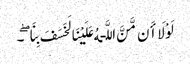
لَوْلَا أَن مَّنَّ اللَّـهُ عَلَیْنَا لَخَسَفَ بِنَا ۖ ۔